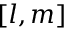
[ l , m ]